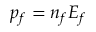
p _ { f } = n _ { f } E _ { f }